Civil Veterinary Dept. Assam report 1927-50 - 1927-1950
Year: 1927
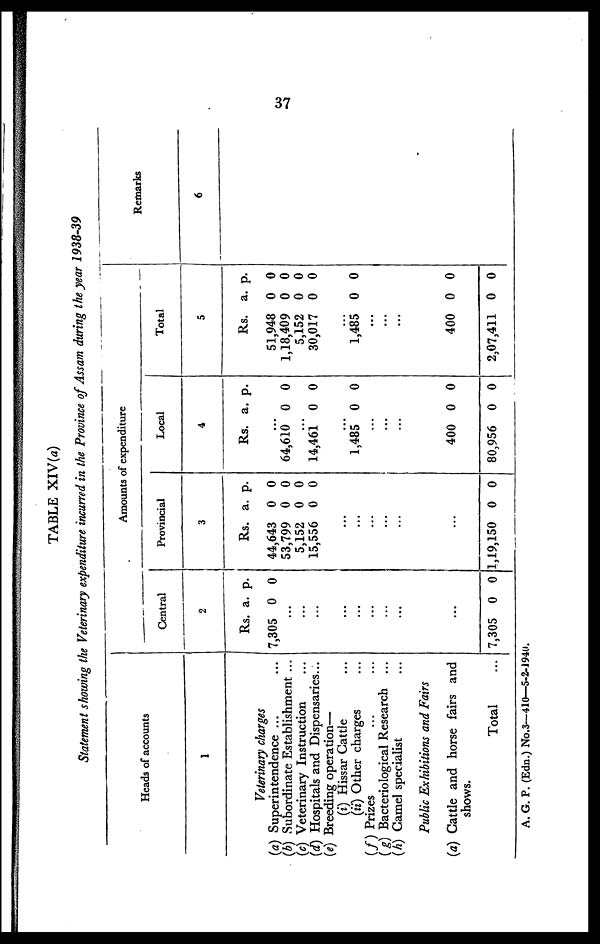
TABLE XIV(a)
Statement showing the Veterinary expenditure incurred in the Province of Assam during the year 1938-39
Heads of accounts
1
Veterinary charges
(a) Superintendence ...
(b) Subordinate Establishment ...
(c) Veterinary Instruction ...
(d) Hospitals and Dispensaries ...
(e) Breeding operation—
(i) Hissar Cattle ...
(ii) Other charges ...
(f) Prizes ... ...
(g) Bacteriological Research ...
(h) Camel specialist ...
Public Exhibitions and Fairs
(a) Cattle and horse fairs and
shows.
Total
A
mo
unts of expenditu
re
Cen
tral
2
Rs.
7,305
a.
0
p.
0
.
..
..
. .
..
..
. .
..
..
.
...
..
.
...
7,305 0 0
Provin
cial
3
Rs.
44,643
53,799
5,152
15,556
a.
0
0
0
0
p.
0
0
0
0
1,19,150 0 0
Loca
l
4
Rs. a. p.
...
64,610 0 0
...
14,461 0 0
...
1,485 0 0
...
...
400
80,956
0
0
0
0
Total
5
Rs.
51,948
1,18,409
5,152
30,017
...
1,485
a.
0
0
0
0
0
p.
0
0
0
0
0
...
...
...
400
2,07,411
0
0
0
0
Remarks
6
37
A. G. P. (Edn.) No.3—410—5-2-1940.